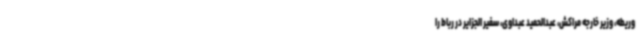
وریطه، وزیر خارجه مراکش، عبدالحمید عبداوی، سفیر الجزایر در رباط را